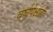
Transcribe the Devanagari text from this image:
वर्षापेक्षाही